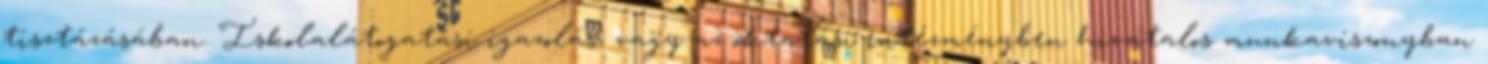
tisztázásában. Iskolalátogatási igazolás, vagy az oktatási intézményben hivatalos munkaviszonyban